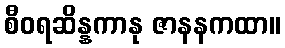
စီဝရဆိန္နကာနု ဇာနနကထာ။